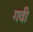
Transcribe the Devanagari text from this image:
गवी